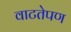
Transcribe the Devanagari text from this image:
वाटतेपण